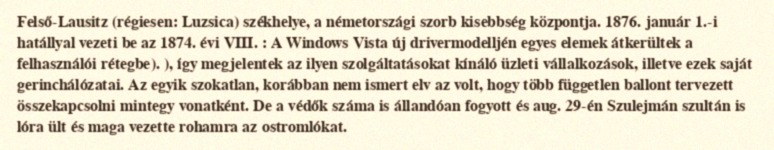
Felső-Lausitz (régiesen: Luzsica) székhelye, a németországi szorb kisebbség központja. 1876. január 1.-i hatállyal vezeti be az 1874. évi VIII. : A Windows Vista új drivermodelljén egyes elemek átkerültek a felhasználói rétegbe). ), így megjelentek az ilyen szolgáltatásokat kínáló üzleti vállalkozások, illetve ezek saját gerinchálózatai. Az egyik szokatlan, korábban nem ismert elv az volt, hogy több független ballont tervezett összekapcsolni mintegy vonatként. De a védők száma is állandóan fogyott és aug. 29-én Szulejmán szultán is lóra ült és maga vezette rohamra az ostromlókat.